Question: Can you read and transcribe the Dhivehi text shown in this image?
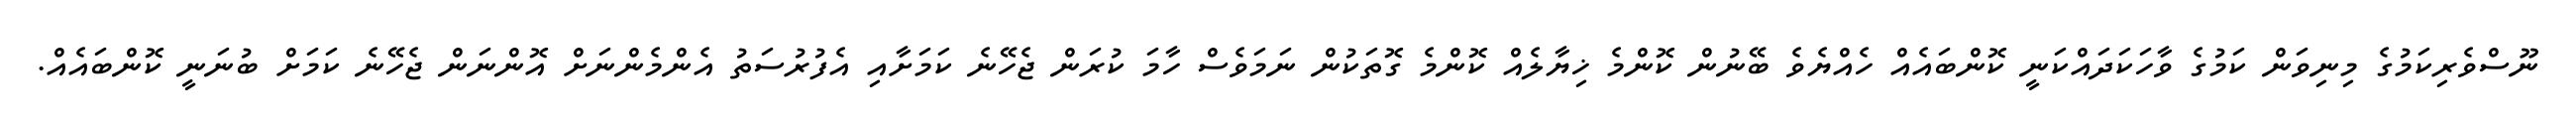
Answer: ނޫސްވެރިކަމުގެ މިނިވަން ކަމުގެ ވާހަކަދައްކަނީ ކޮންބައެއް ހެއްޔެވެ ބޭނުން ކޮންމެ ޚިޔާލެއް ކޮންމެ ގޮތަކުން ނަމަވެސް ހާމަ ކުރަން ޖެހޭނެ ކަމަށާއި އެފުރުސަތު އެންމެންނަށް އޮންނަން ޖެހޭނެ ކަމަށް ބުނަނީ ކޮންބައެއް.